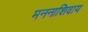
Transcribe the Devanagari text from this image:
मननाशिवाय